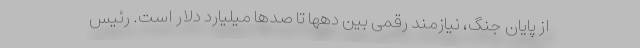
از پایان جنگ، نیازمند رقمی بین دهها تا صدها میلیارد دلار است. رئیس